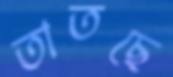
তাতছে